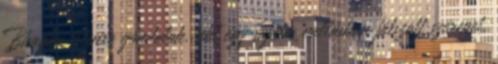
Bhagha istenre gondolok, aki egy sajátos vallásban játszott szerepet.